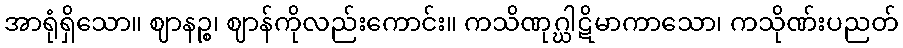
အာရုံရှိသော။ ဈာနဉ္စ၊ ဈာန်ကိုလည်းကောင်း။ ကသိဏုဂ္ဃါဋိမာကာသော၊ ကသိုဏ်းပညတ်